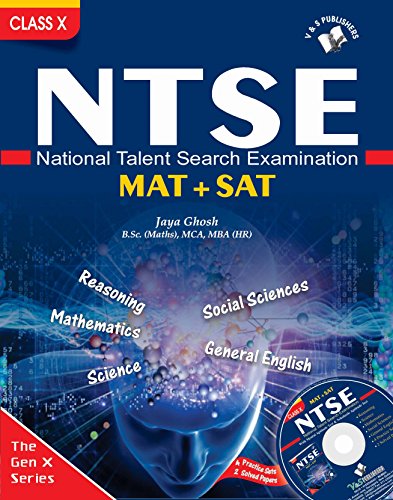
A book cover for NTSE - National Talent Serach Examination; JAYA GHOSH; Test Preparation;